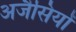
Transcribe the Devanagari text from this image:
अजैसियों